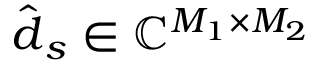
\hat { \boldsymbol { d } } _ { s } \in \mathbb { C } ^ { M _ { 1 } \times M _ { 2 } }